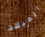
الميلاد